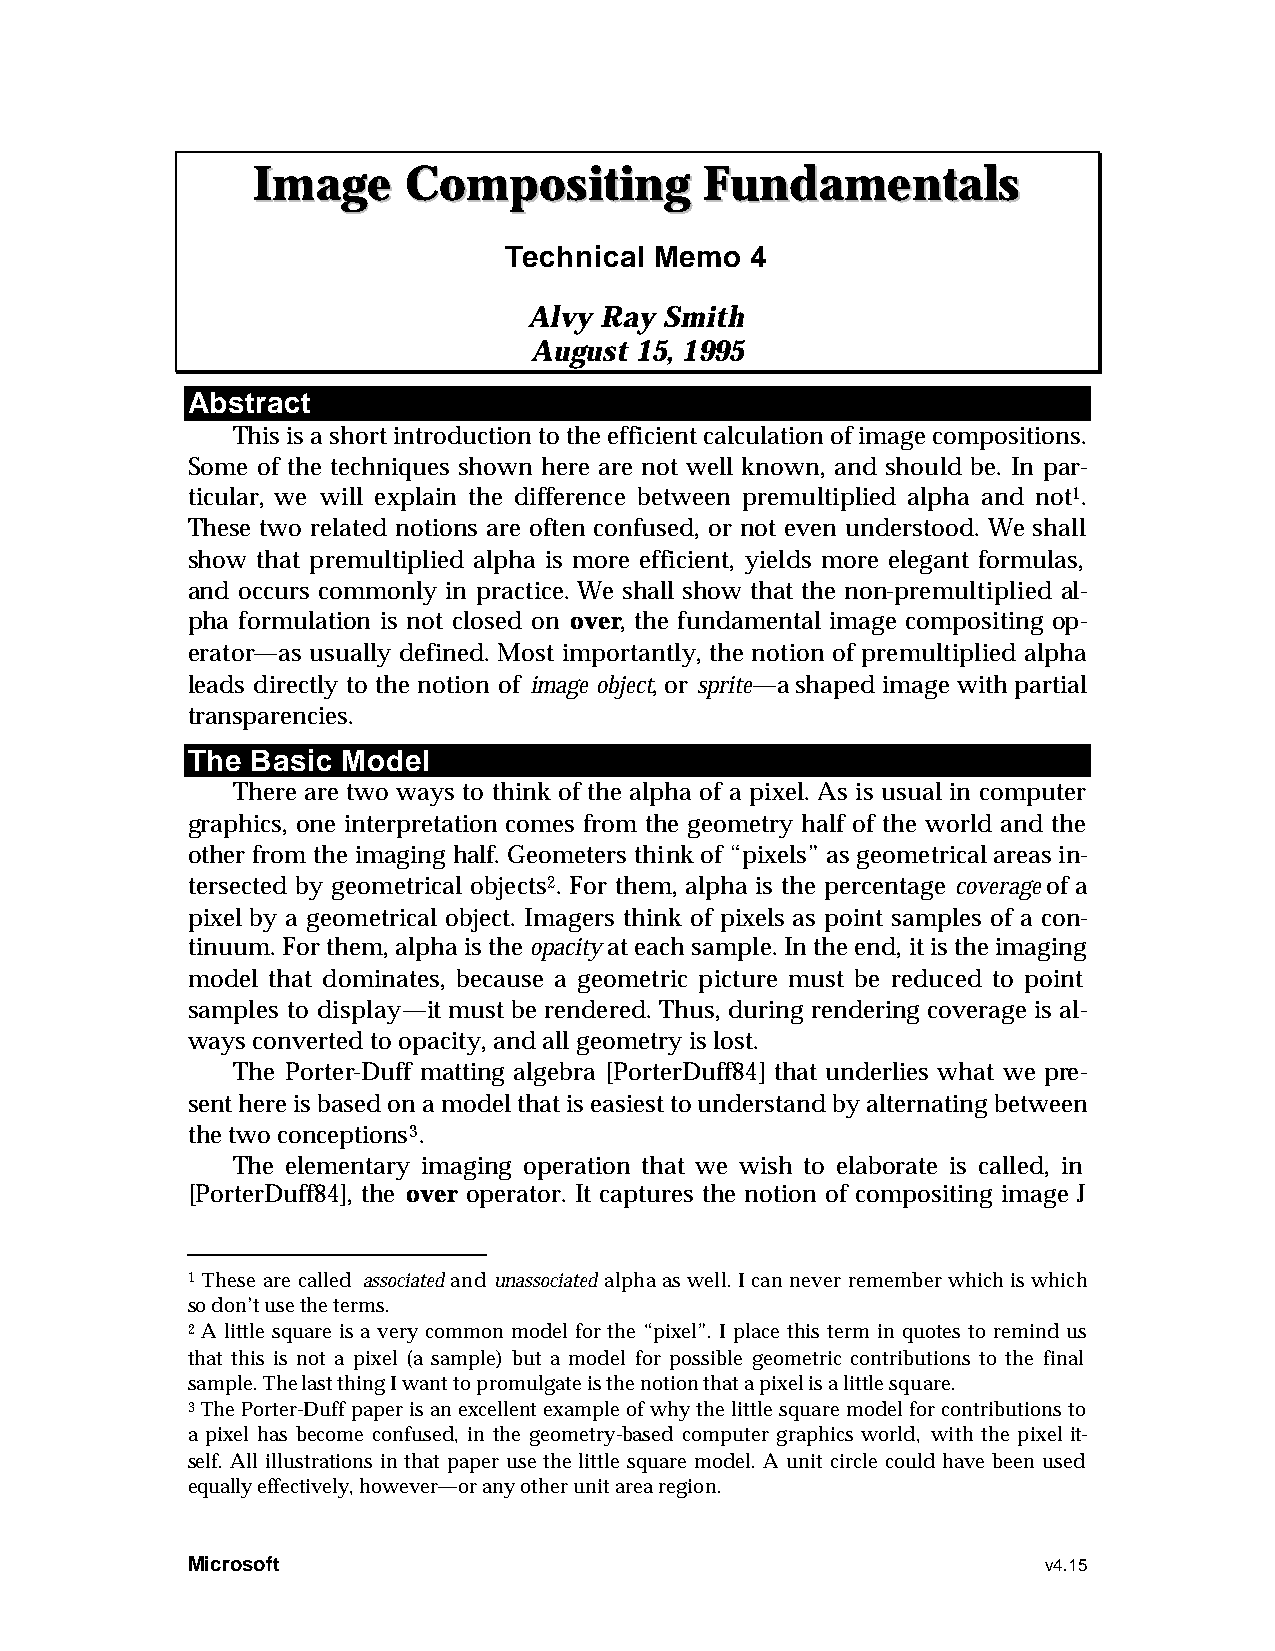
IImmaaggee CCoommppoossiittiinngg FFuunnddaammeennttaallss
 Technical Memo   4
 Alvy Ray Smith
 August 15, 1995
 Abstract
 This is a short introduction to the efficient calculation of image compositions.
 Some of the techniques shown here are not well known, and should be. In par-
 ticular, we will explain the difference between premultiplied alpha and not1.
 These two related notions are often confused, or not even understood. We shall
 show that premultiplied alpha is more efficient, yields more elegant formulas,
 and occurs commonly in practice. We shall show that the non-premultiplied al-
 pha formulation is not closed on over, the fundamental image compositing op-
 erator—as usually defined. Most importantly, the notion of premultiplied alpha
 leads directly to the notion of image object, or sprite—a shaped image with partial
 transparencies.
 The  Basic Model
 There are two ways to think of the alpha of a pixel. As is usual in computer
 graphics, one interpretation comes from the geometry half of the world and the
 other from the imaging half. Geometers think of “pixels” as geometrical areas in-
 tersected by geometrical objects2. For them, alpha is the percentage coverage of a
 pixel by a geometrical object. Imagers think of pixels as point samples of a con-
 tinuum. For them, alpha is the opacity at each sample. In the end, it is the imaging
 model that dominates, because a geometric picture must be reduced to point
 samples to display—it must be rendered. Thus, during rendering coverage is al-
 ways converted to opacity, and all geometry is lost.
 The Porter-Duff matting algebra [PorterDuff84] that underlies what we pre-
 sent here is based on a model that is easiest to understand by alternating between
 the two conceptions3.
 The elementary imaging operation that we wish to elaborate is called, in
 [PorterDuff84], the over operator. It captures the notion of compositing image J
 1 These are called associated and unassociated alpha as well. I can never remember which is which
 so don’t use the terms.
 2 A little square is a very common model for the “pixel”. I place this term in quotes to remind us
 that this is not a pixel (a sample) but a model for possible geometric contributions to the final
 sample. The last thing I want to promulgate is the notion that a pixel is a little square.
 3 The Porter-Duff paper is an excellent example of why the little square model for contributions to
 a pixel has become confused, in the geometry-based computer graphics world, with the pixel it-
 self. All illustrations in that paper use the little square model. A unit circle could have been used
 equally effectively, however—or any other unit area region.
 Microsoft                                                v4.15